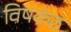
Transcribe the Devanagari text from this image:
विषकंठ